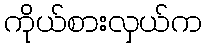
ကိုယ်စားလှယ်က